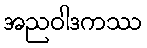
အညဝါဒကဿ